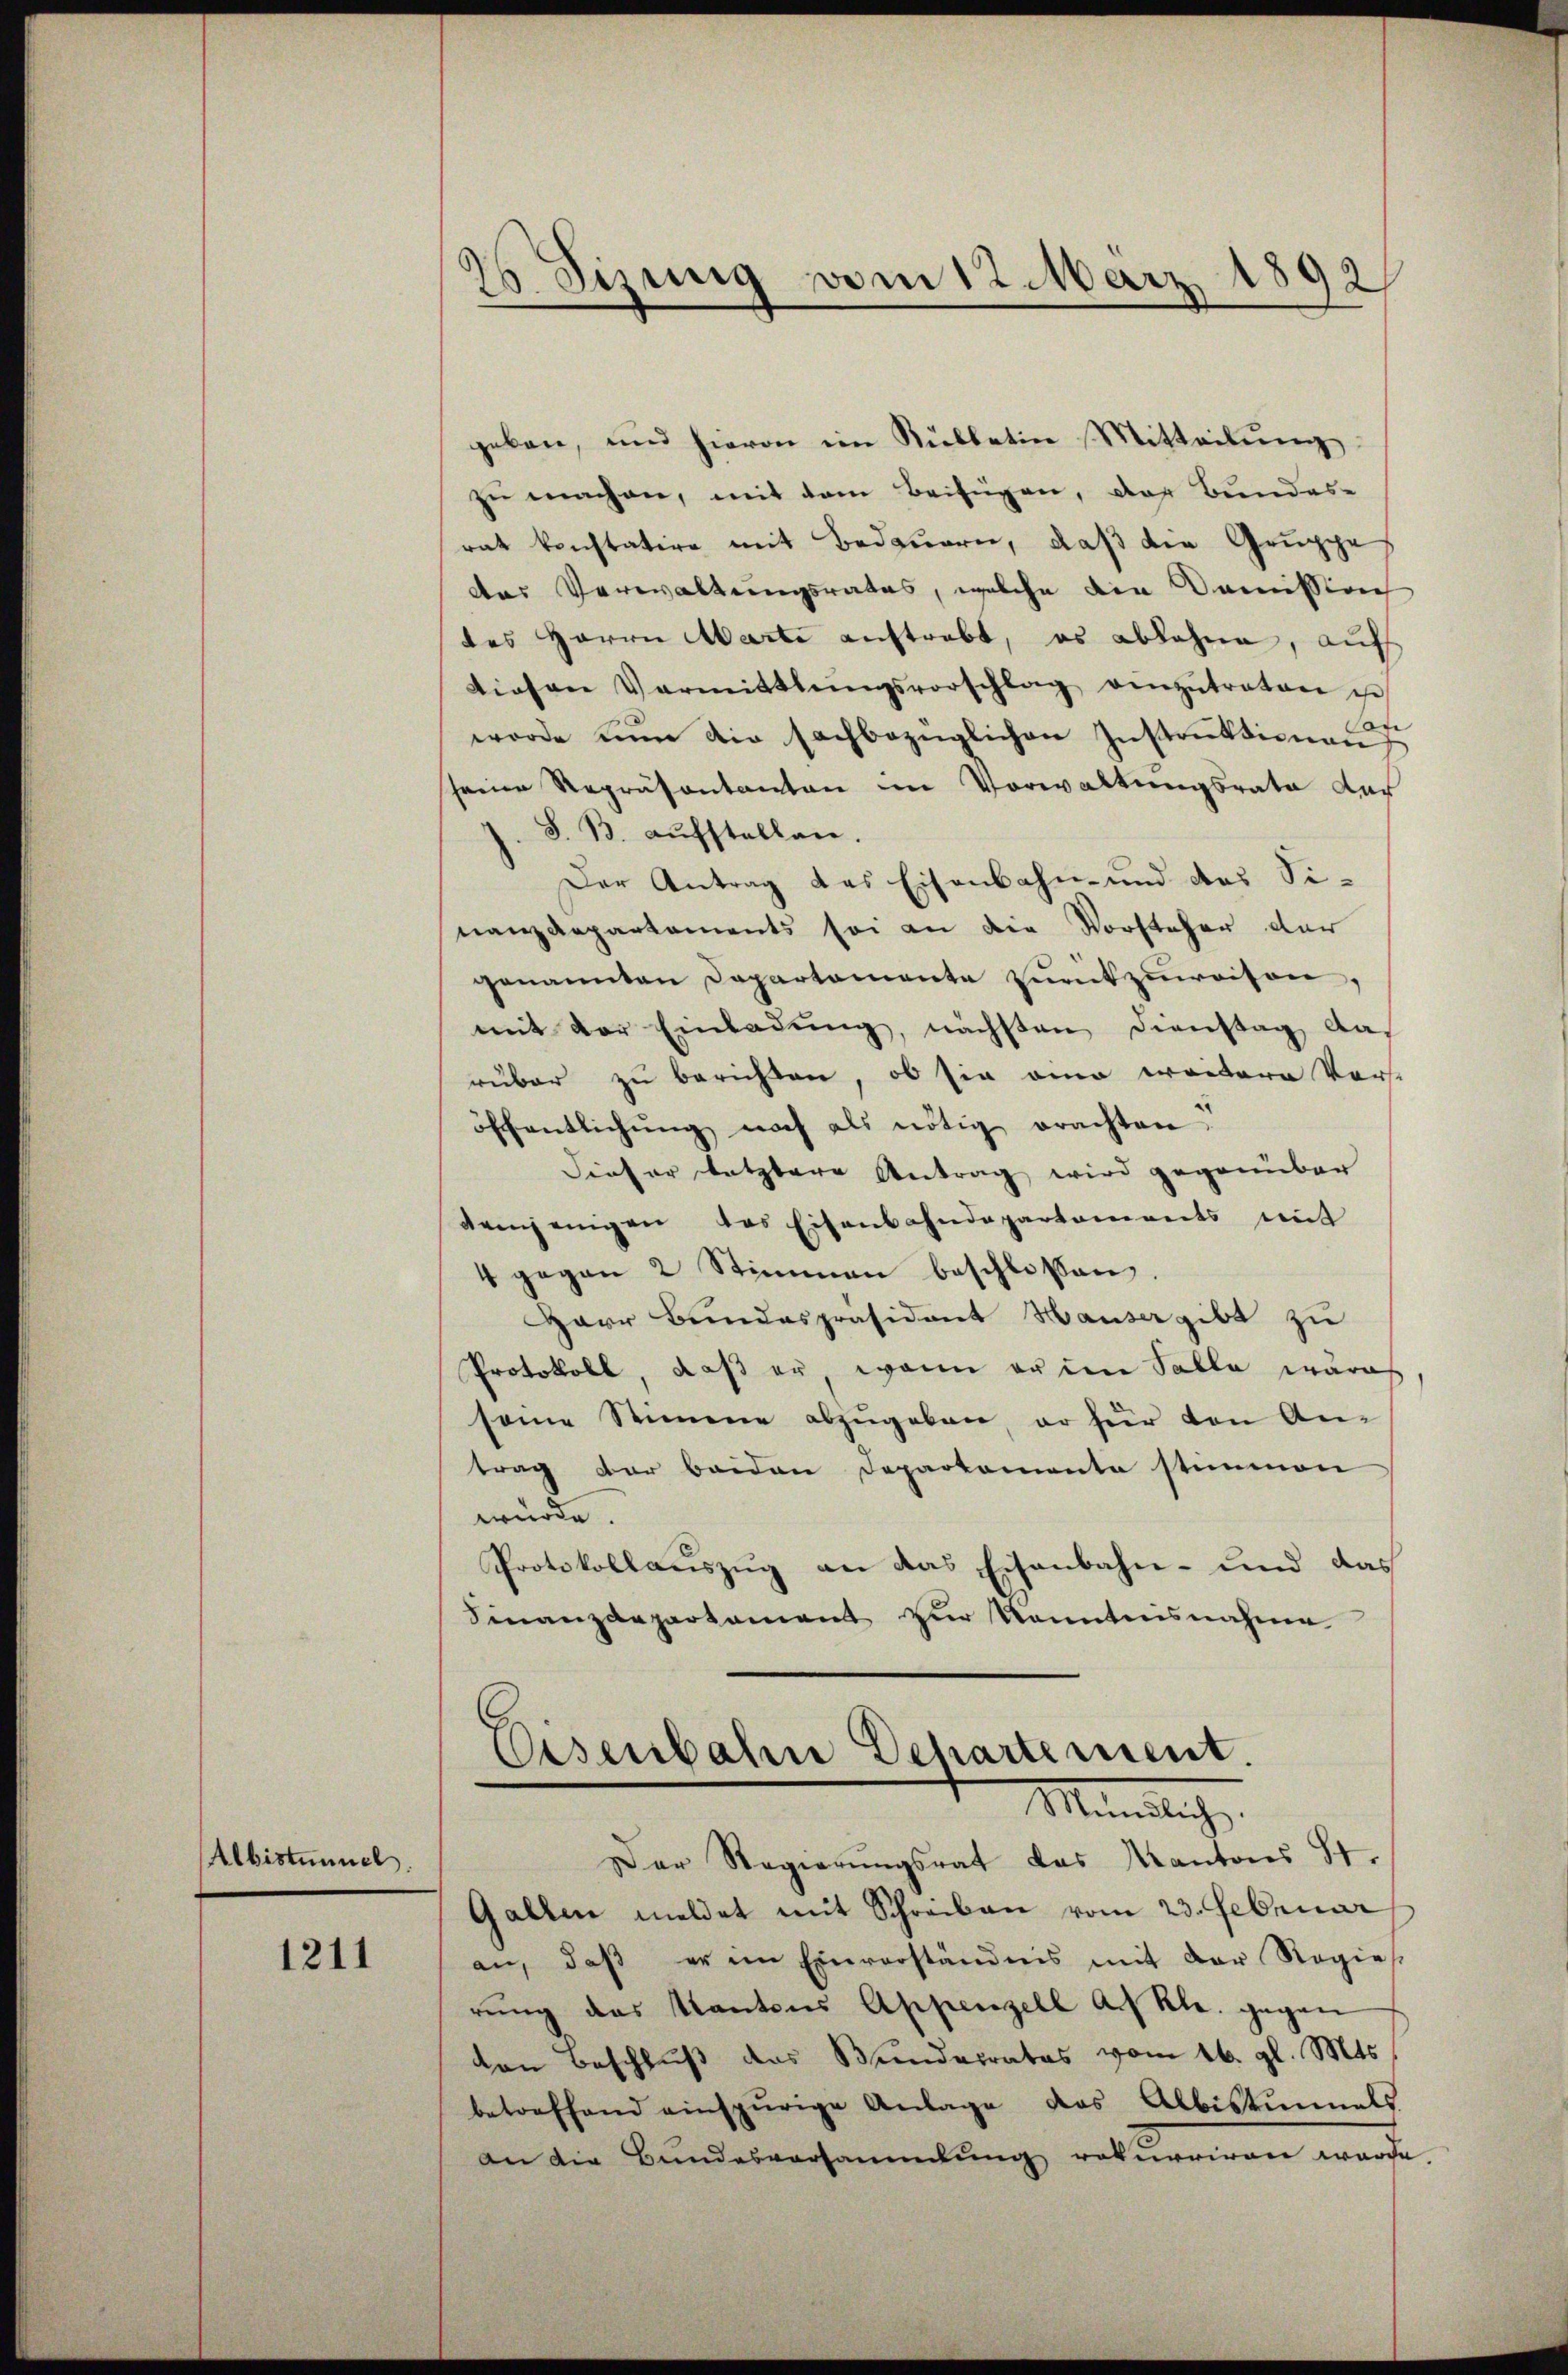
Albistummel.

1211

geben, und hievon im Rübbatin Mitteilŭng
zu machen, mit dem Beifügen, der Bundes-
rat konstatire mit Bedauern, daß die Gruppe,
das Verwaltungsrates, welche die Damisslach
des Herrn Marte auftrebt, es ablehne, auf
diesen Vermittlungsvorschlag einzŭtreten i
worde nun die sachbezüglichen Instruktionen,
seine Repräsentanton im Vorwaltungsrate dar
J. S. B. aufstellen.
Der Antrag das Eisenbahn- und des Sinanzdepartements sei an die Vorsteher der
genannten Departamente zŭrückzuweisen,
mit der Einladung, nächsten Dienstag darüber zu berichten, ob sie am weitere Vor-
öffentlichŭng noch als nötig erachten.
Dieser letztere Antrag wird gegenüber
demjenigen das Eisenbahndepartements mit
4 gegen 2 Stimmen beschloßen.
Herr Bundespräsident Hauser gibt zu
Protokoll, daß er wenn er in Salle waren
seine Stimme abzugeben, er für den An-
trag der beiden Departemente stimmen
würde.
Protokollauszug an das Eisenbahn- und das
Finanzdepartement zur konntensnahme
Eisenbahn Departement.
Mündlich.
Der Regierŭngsrat das Kantons St.
Gallen meldet mit Schreiben vom 23. Februar
an, daβ er im Einverständnis mit der Regies
rung das Kantons Appenzell a. Rh. gegen
von Beschluß das Bunderrates vom 16. gl. Mts.
betreffend einspurige Anlage des Albistŭnmals
an die Bundesversammlung rekurriren wurde

2 Sizung vom 12. März 1892
.